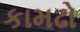
કામઢો